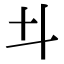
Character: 𠥼